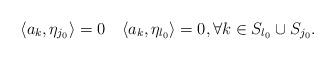
LaTeX: \begin{align*}\langle a_k,\eta_{j_0}\rangle=0\,\,\, \,\, \, \langle a_k,\eta_{l_0}\rangle=0, \forall k\in S_{l_0}\cup S_{j_0}.\end{align*}